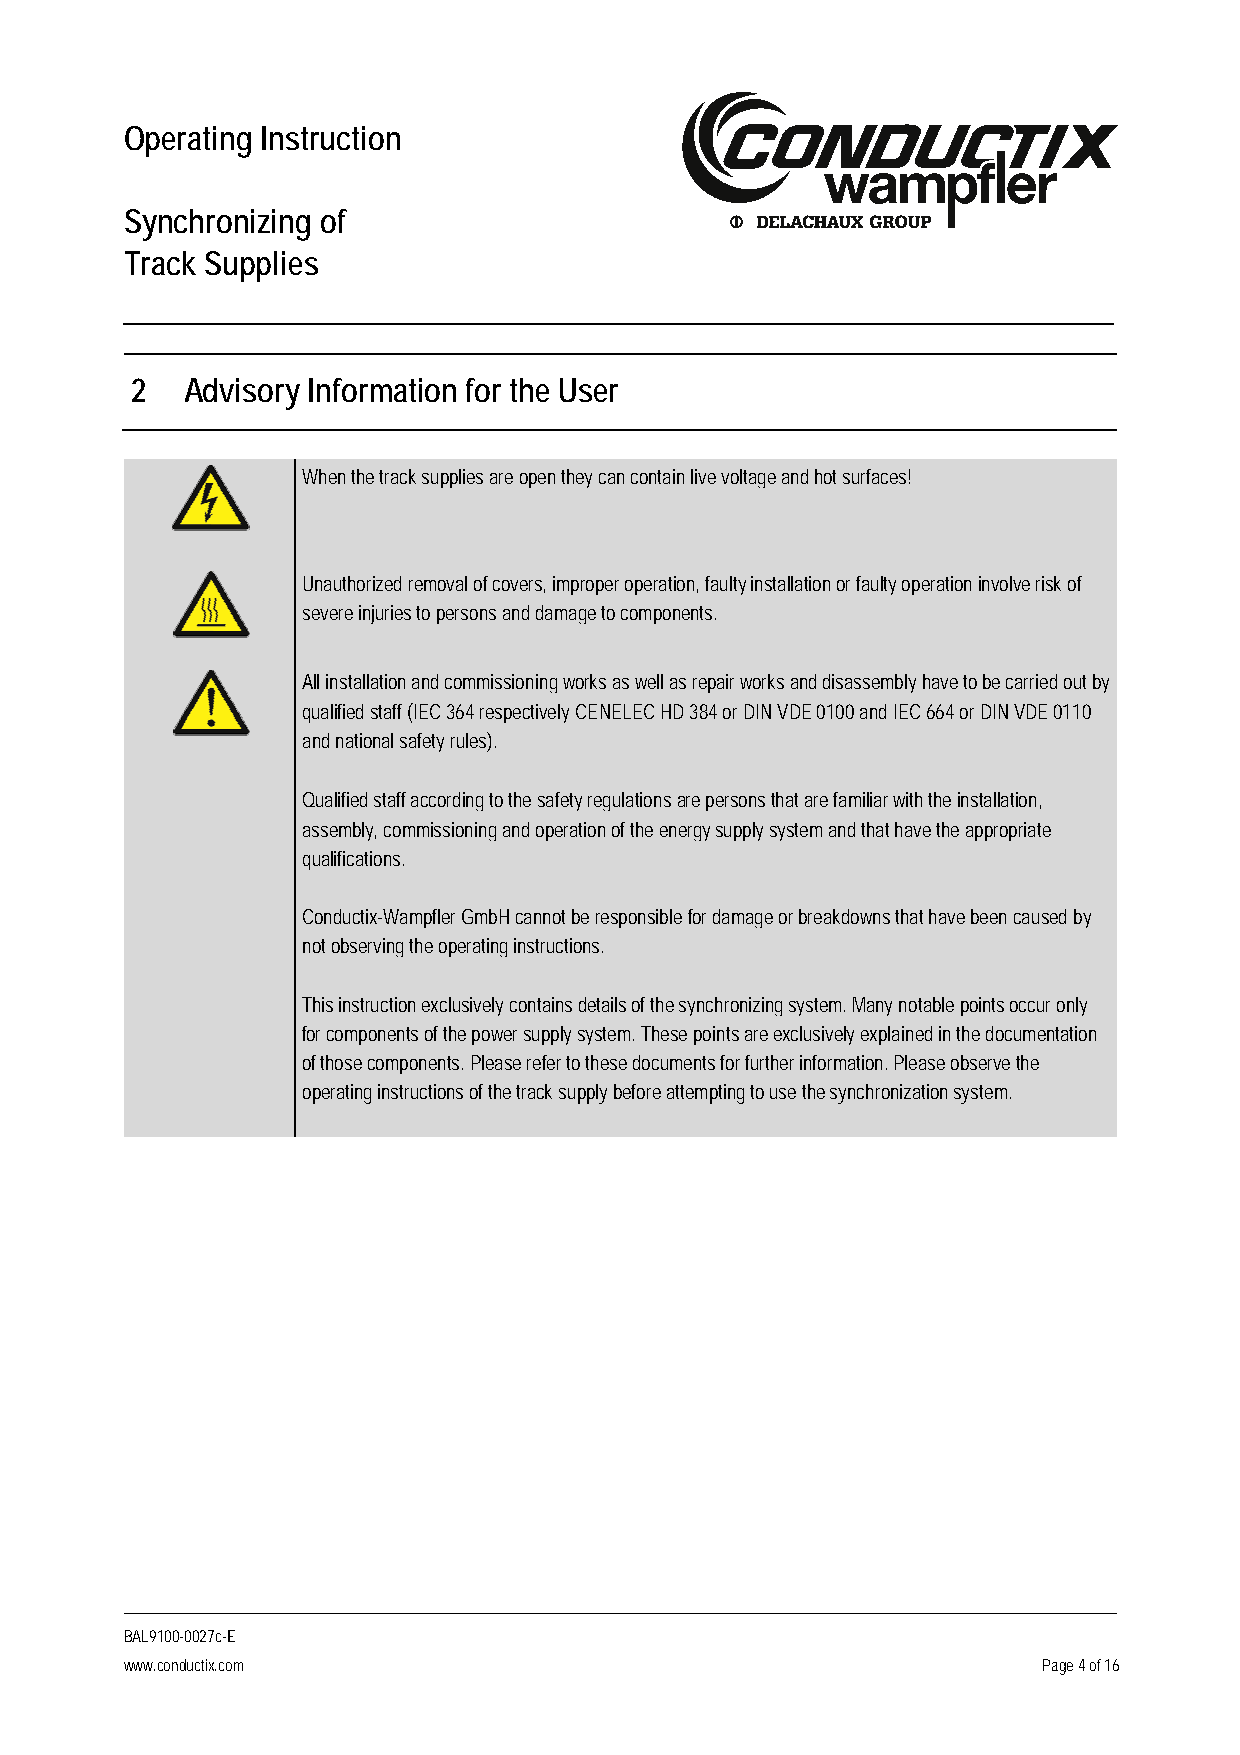
Operating Instruction
 Synchronizing of
 Track Supplies
 2  Advisory Information for the User
 When the track supplies are open they can contain live voltage and hot surfaces!
 Unauthorized removal of covers, improper operation, faulty installation or faulty operation involve risk of
 severe injuries to persons and damage to components.
 All installation and commissioning works as well as repair works and disassembly have to be carried out by
 qualified staff (IEC 364 respectively CENELEC HD 384 or DIN VDE 0100 and IEC 664 or DIN VDE 0110
 and national safety rules).
 Qualified staff according to the safety regulations are persons that are familiar with the installation,
 assembly, commissioning and operation of the energy supply system and that have the appropriate
 qualifications.
 Conductix-Wampfler GmbH cannot be responsible for damage or breakdowns that have been caused by
 not observing the operating instructions.
 This instruction exclusively contains details of the synchronizing system. Many notable points occur only
 for components of the power supply system. These points are exclusively explained in the documentation
 of those components. Please refer to these documents for further information. Please observe the
 operating instructions of the track supply before attempting to use the synchronization system.
 BAL9100-0027c-E
 www.conductix.com                                            Page 4 of 16